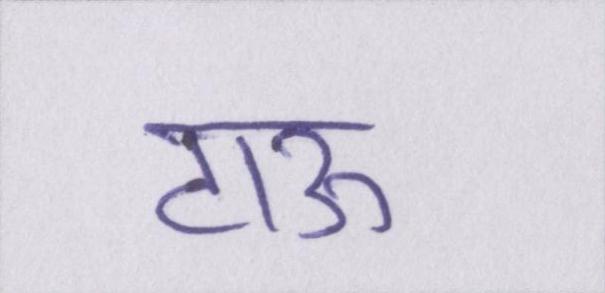
टाऊ